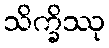
သိက္ခိဿု